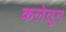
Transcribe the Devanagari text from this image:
कलेतून